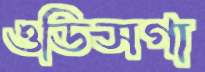
ওডিসগা